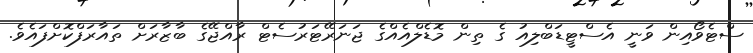
ސްޓެވޯއިން ވަނީ އެސްޓީޑަބްލިއު ގެ ތިން މޮޑެލްއެއްގެ ޖަނަރޭޓަރުސެޓް ރާއްޖޭގެ ބާޒާރަށް ތައާރަފްކޮށްފައެވެ.